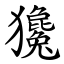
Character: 㺥